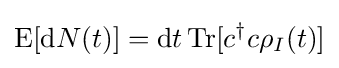
\operatorname {E} [\mathrm {d} N(t)]=\mathrm {d} t\operatorname {Tr} [c^{\dagger }c\rho _{I}(t)]